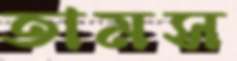
তামস